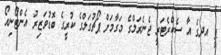
ޕީ އދގެ އާ ސެކްރެޓަރީ ޖެނެރަލްގެ މަގާމަށް ޕޯޗުގަލްގެ ކުރީގެ ބޮޑުވަޒިރު އެންޓޯނިއޯ